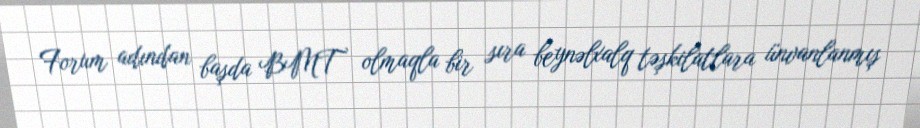
Forum adından başda BMT olmaqla bir sıra beynəlxalq təşkilatlara ünvanlanmış